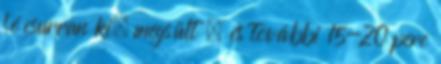
lé csurran ki, megsült , és további 15-20 perc